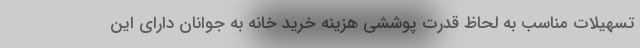
تسهیلات مناسب به لحاظ قدرت پوششی هزینه خرید خانه به جوانان دارای این